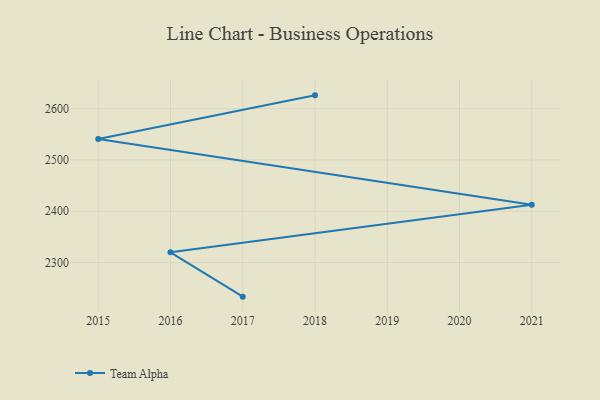
{"axis": {"x": "Year", "y": "Tickets Resolved"}, "legend": ["Team Alpha"], "data": [{"x": "2018", "y": 2626.1, "type": "Team Alpha"}, {"x": "2015", "y": 2540.8, "type": "Team Alpha"}, {"x": "2021", "y": 2412.8, "type": "Team Alpha"}, {"x": "2016", "y": 2319.8, "type": "Team Alpha"}, {"x": "2017", "y": 2233.4, "type": "Team Alpha"}]}